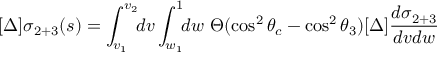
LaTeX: [ \Delta ] \sigma _ { 2 + 3 } ( s ) = \int _ { v _ { 1 } } ^ { v _ { 2 } } \! \! d v \int _ { w _ { 1 } } ^ { 1 } \! \! d w \, \, \Theta ( \cos ^ { 2 } \theta _ { c } - \cos ^ { 2 } \theta _ { 3 } ) [ \Delta ] \frac { d \sigma _ { 2 + 3 } } { d v d w }